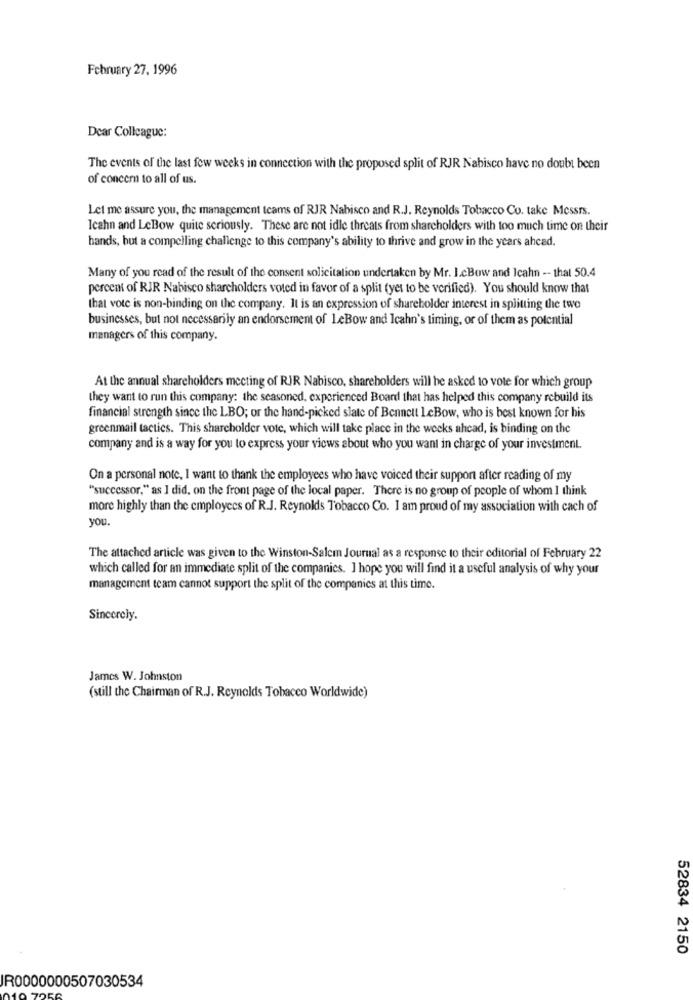
February 27, 1996
Dear Colleague:
The events of the last few weeks in connection with the proposed split of RJR Nabisco have no doubt been
of concern to all of us.
Let me assure you, the management teams of RJR Nabisco and R.J. Reynolds Tobacco Co. take Messrs.
Icahn and LeBow quite seriously. These are not idle threats from shareholders with too much time on their
hands, but a compelling challenge to this company's ability to thrive and grow in the years ahead.
Many of you read of the result of the consent solicitation undertaken by Mr. I.cBow and Icahn -- that 50.4
percent of RIR Nabisco shareholders voted in favor of a split (yet to be verified). You should know that
that vote is non-binding on the company. It is an expression of shareholder interest in splitting the two
businesses, but not necessarily an endorsement of LeBow and Icahn's timing, or of them as potential
managers of this company.
At the annual shareholders meeting of RJR Nabisco, shareholders will be asked to vote for which group
they want to run this company: the seasoned, experienced Board that has helped this company rebuild its
financial strength since the LBO; or the hand-picked slate of Bennett LeBow, who is best known for his
greenmail tactics. This shareholder vote, which will take place in the weeks ahead, is binding on the
company and is a way for you to express your views about who you want in charge of your investment.
On a personal note, I want to thank the employees who have voiced their support after reading of my
"successor," as I did, on the front page of the local paper. There is no group of people of whom I think
more highly than the employees of R.J. Reynolds Tobacco Co. I am proud of my association with cach of
you.
The attached article was given to the Winston-Salem Journal as a response to their editorial of February 22
which called for an immediate split of the companies. I hope you will find it a useful analysis of why your
management team cannot support the split of the companies at this time.
Sincerely.
James W. Johnston
(still the Chairman of R.J. Reynolds Tobacco Worldwide)
52834 2150
IR0000000507030534